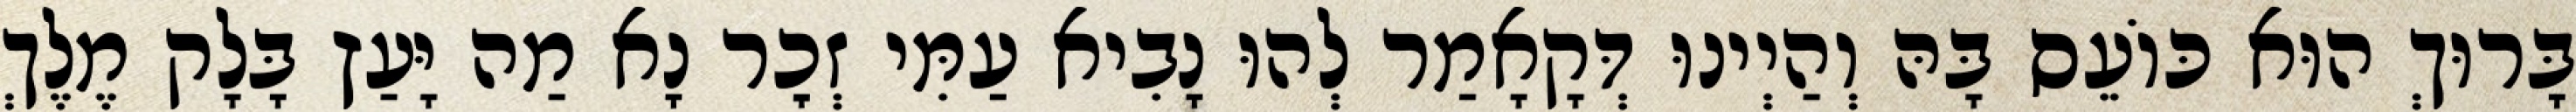
בָּרוּךְ הוּא כּוֹעֵס בָּהּ וְהַיְינוּ דְּקָאָמַר לְהוּ נָבִיא עַמִּי זְכׇר נָא מַה יָּעַץ בָּלָק מֶלֶךְ